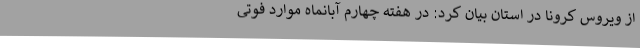
از ویروس کرونا در استان بیان کرد: در هفته چهارم آبانماه موارد فوتی